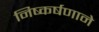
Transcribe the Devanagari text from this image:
निष्कर्षणाने